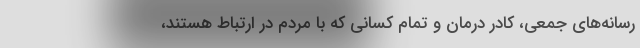
رسانه‌های جمعی، کادر درمان و تمام کسانی که با مردم در ارتباط هستند،